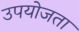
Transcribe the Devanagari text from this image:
उपयोजता